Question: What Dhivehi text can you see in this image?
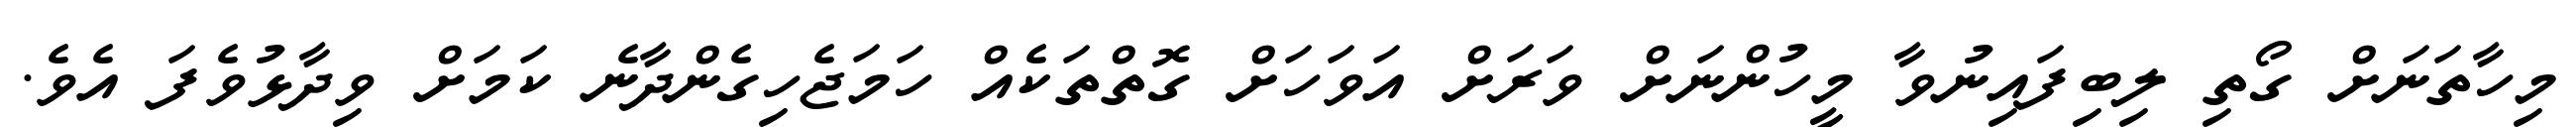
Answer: މިހާތަނަށް ގޯތި ލިބިފައިނުވާ މީހުންނަށް ވަރަށް އަވަހަށް ގޮތްތަކެއް ހަމަޖެހިގެންދާނެ ކަމަށް ވިދާޅުވެފަ އެވެ.